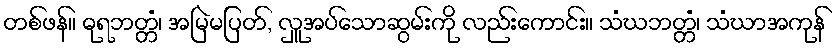
တစ်ဖန်။ ဓုရဘတ္တံ၊ အမြဲမပြတ်, လှူအပ်သောဆွမ်းကို လည်းကောင်း။ သံဃဘတ္တံ၊ သံဃာအကုန်